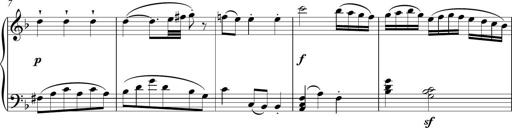
Title: Sonatina Vienesa al estilo de J.Haydn
Composer: JosÃ© RamÃ³n HernÃ¡ndez Bellido